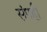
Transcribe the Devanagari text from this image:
संपही